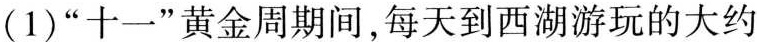
(1)”十一”黄金周期间，每天到西湖游玩的大约